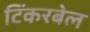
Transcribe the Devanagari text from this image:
टिंकरबेल